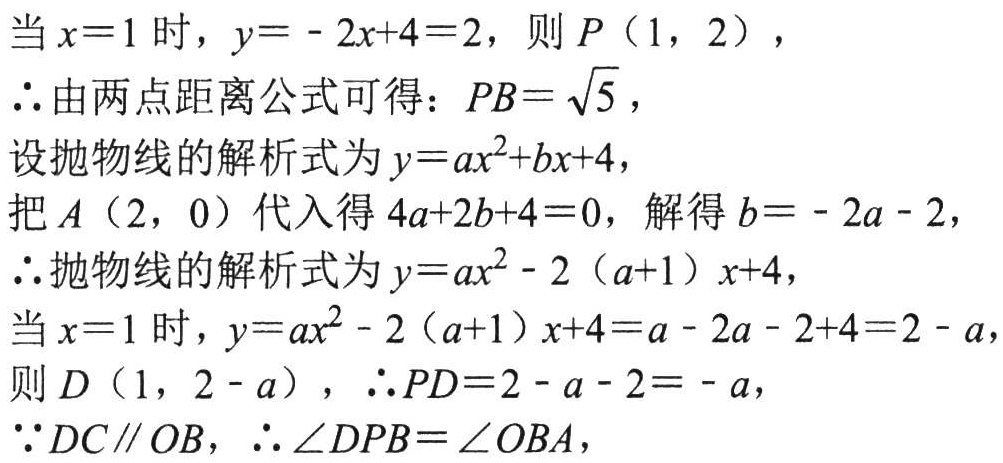
当\(x = 1\)时，\(y=-2x + 4 = 2\)，则\(P(1,2)\)，
\(\therefore\)由两点距离公式可得：\(PB = \sqrt{5}\)，
设抛物线的解析式为\(y = ax^{2}+bx + 4\)，
把\(A(2,0)\)代入得\(4a + 2b + 4 = 0\)，解得\(b=-2a - 2\)，
\(\therefore\)抛物线的解析式为\(y = ax^{2}-2(a + 1)x + 4\)，
当\(x = 1\)时，\(y = ax^{2}-2(a + 1)x + 4 = a-2a - 2 + 4 = 2 - a\)，
则\(D(1,2 - a)\)，\(\therefore PD = 2 - a - 2=-a\)，
\(\because DC\parallel OB\)，\(\therefore\angle DPB=\angle OBA\)，